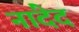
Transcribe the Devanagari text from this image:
नांदेद